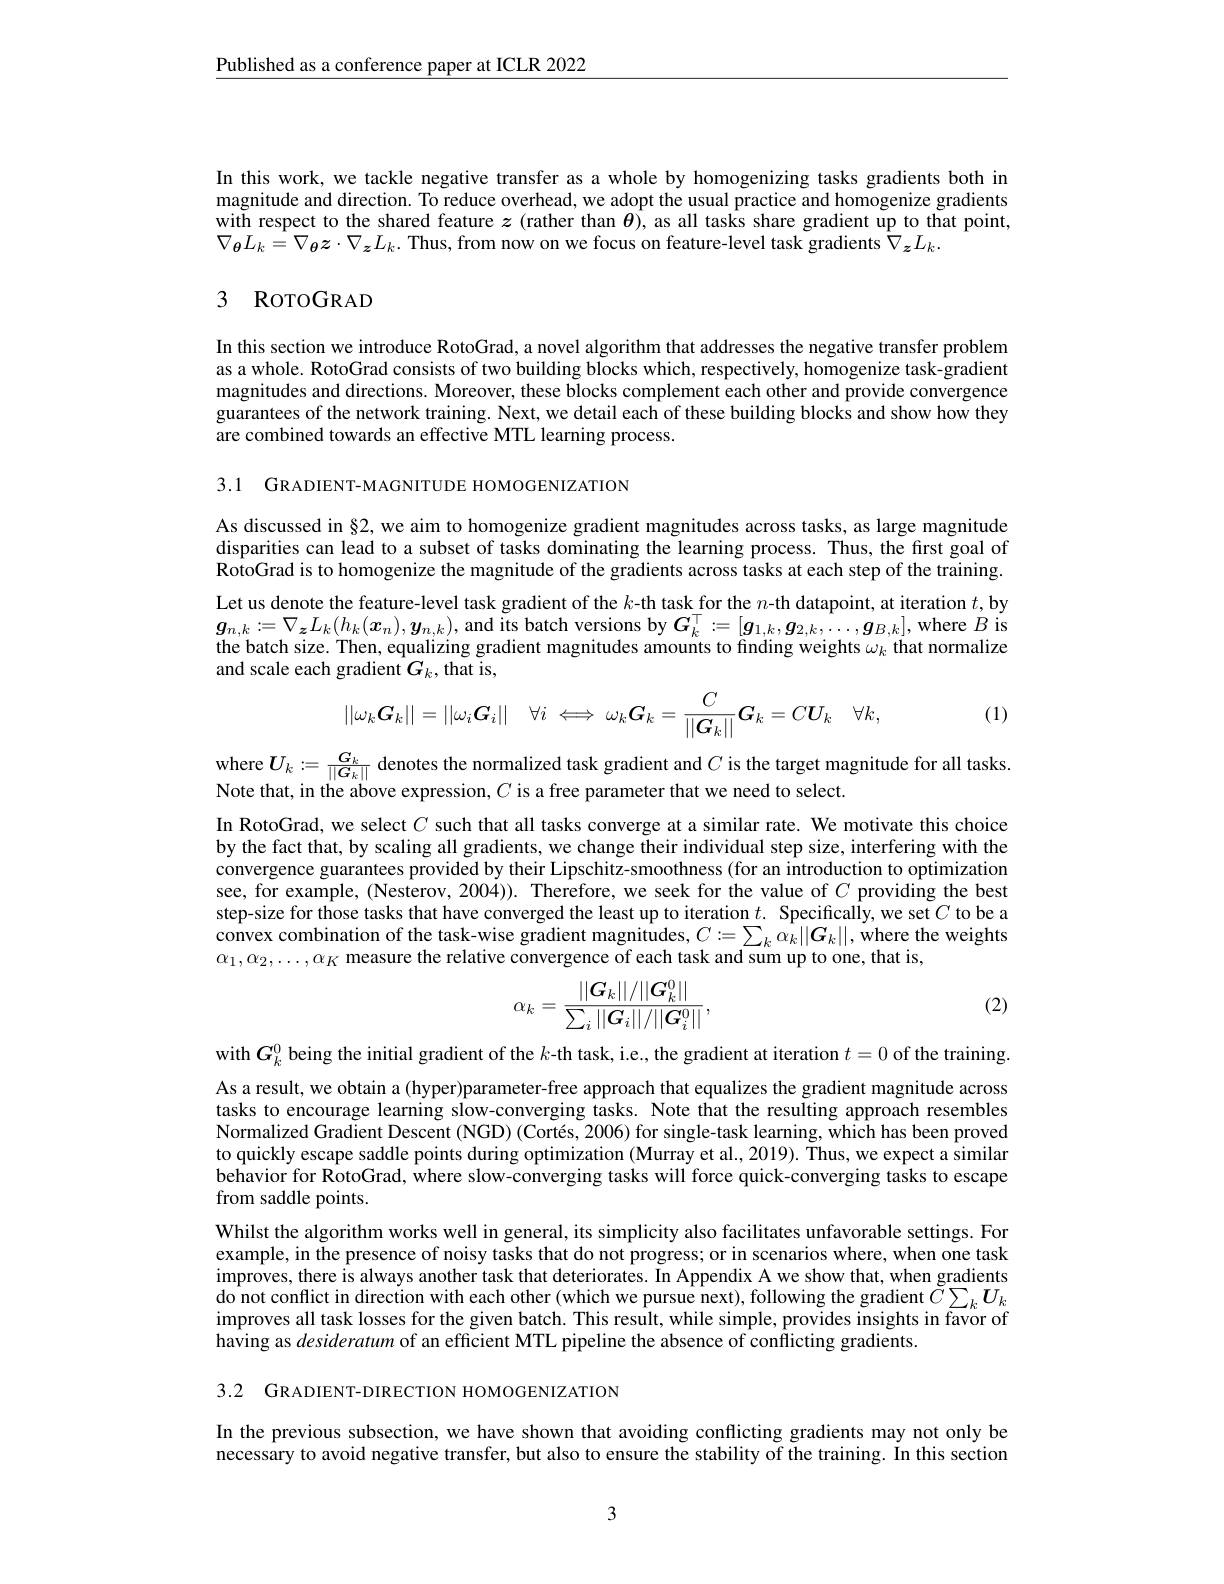
$\underline{\text{Published as a conference paper at ICLR 2022}}$

In this work, we tackle negative transfer as a whole by homogenizing tasks gradients both in magnitude and direction. To reduce overhead, we adopt the usual practice and homogenize gradients with respect to the shared feature $z$ (rather than $\theta)$, as all tasks share gradient up to that point, $\nabla_{\boldsymbol{\theta}}L_{k}=\hat{\nabla_{\boldsymbol{\theta}}}z\cdot\nabla_{\boldsymbol{z}}L_{k}.$ Thus, from now on we focus on feature-level task gradients $\hat{\nabla}_{\boldsymbol{z}}L_{k}.$

## 3 RoroGRAD

In this section we introduce RotoGrad, a novel algorithm that addresses the negative transfer problem as a whole. RotoGrad consists of two building blocks which, respectively, homogenize task-gradient magnitudes and directions. Moreover, these blocks complement each other and provide convergence guarantees of the network training. Next, we detail each of these building blocks and show how they are combined towards an effective MTL learning process.

3.1 GRADIENT-MAGNITUDE HOMOGENIZATION

As discussed in§2, we aim to homogenize gradient magnitudes across tasks, as large magnitude disparities can lead to a subset of tasks dominating the learning process. Thus, the first goal of RotoGrad is to homogenize the magnitude of the gradients across tasks at each step of the training. Let us denote the feature-level task gradient of the $k$-th task for the $n$-th datapoint, at iteration $t$,by $g_{n,k}:=\nabla_{\boldsymbol{z}}L_{k}(h_{k}(\boldsymbol{x}_{n}),\boldsymbol{y}_{n,k})$, and its batch versions by $G_k^\top:=[\boldsymbol{g}_{1,k},\boldsymbol{g}_{2,k},\ldots,\boldsymbol{g}_{B,k}]$,where $B$ is the batch size. Then, equalizing gradient magnitudes amounts to finding weights $\omega_k$ that normalize and scale each gradient $G_k$,that is,
$$||\omega_k\boldsymbol{G}_k||=||\omega_i\boldsymbol{G}_i||\quad\forall i\iff\omega_k\boldsymbol{G}_k=\frac{C}{||\boldsymbol{G}_k||}\boldsymbol{G}_k=C\boldsymbol{U}_k\quad\forall k,$$
(1)

where $U_k:=\frac{G_k}{||G_k||}$ denotes the normalized task gradient and $C$ is the target magnitude for all tasks.
Note that, in the above expression, $C$ is a free parameter that we need to select.

In RotoGrad, we select $C$ such that all tasks converge at a similar rate. We motivate this choice by the fact that, by scaling all gradients, we change their individual step size, interfering with the convergence guarantees provided by their Lipschitz-smoothness (for an introduction to optimization see, for example, (Nesterov, 2004)). Therefore, we seek for the value of $C$ providing the best step-size for those tasks that have converged the least up to iteration $t.$ Specifically,we set $C$ to be a $\hat{\text{convex combination of the task-wise gradient magnitudes,}C}:=\sum_k\alpha_k||\boldsymbol{G}_k||,\dot{\text{where the weights}}$ $\alpha_{1},\alpha_{2},\ldots,\alpha_{K}$ measur
$$\alpha_k=\frac{||G_k\|/||G_k^0\|}{\sum_i||G_i||/||G_i^0||},$$
(2)

with $G_k^0$ being the initi As a result, we obtain a (hyper)parameter-free approach that equalizes the gradient magnitude across tasks to encourage learning Normalized Gradient Descent (NGD) (Cortés, 2006) for single-task learning, which has been proved to quickly escape saddle poi behavior for RotoGrad, where from saddle points.
Whilst the algorithm works w example, in the presence of improves, there is always an do not conflict in direction improves all task losses for the given batch. This result, while simple, provides insights in favor of having as desideratum of an

3.2 GRADIENT-DIRECTION HOMOGENIZATION

In the previous subsection, necessary to avoid negative transfer, but also to ensure the stability of the training. In this section

3